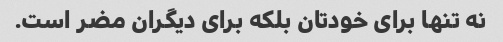
نه تنها برای خودتان بلکه برای دیگران مضر است.